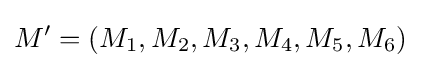
M'=(M_{1},M_{2},M_{3},M_{4},M_{5},M_{6})